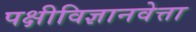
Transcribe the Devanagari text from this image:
पक्षीविज्ञानवेत्ता